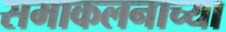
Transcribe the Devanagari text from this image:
समाकलनाच्या